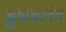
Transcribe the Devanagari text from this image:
बुधबलंग